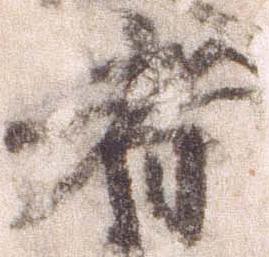
者